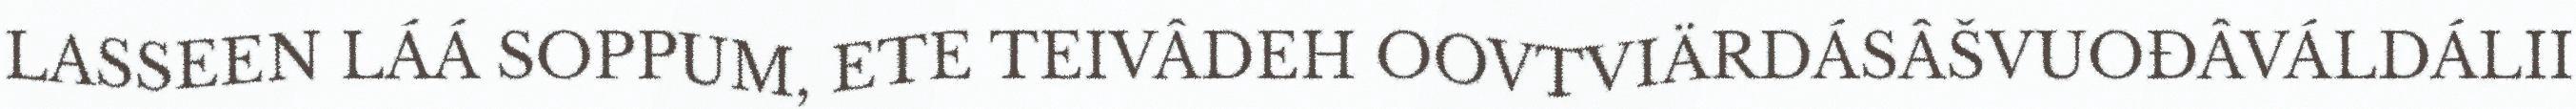
LASSEEN LÁÁ SOPPUM, ETE TEIVÂDEH OOVTVIÄRDÁSÂŠVUOĐÂVÁLDÁLII